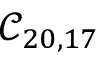
\mathcal { C } _ { 2 0 , 1 7 }